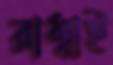
রাম্বাই